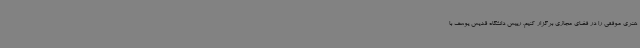
هنری موفقی را در فضای مجازی برگزار کنیم. رییس دانشگاه قدیس یوسف با